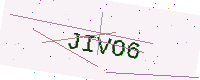
Text: JIVO6